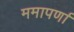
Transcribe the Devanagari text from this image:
ममापर्णा